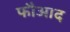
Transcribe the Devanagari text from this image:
फौआद